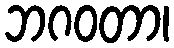
ဘဂဝတာ၊